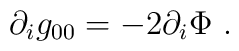
\partial_i g_{00} = - 2 \partial_i \Phi \ .